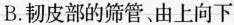
B. 韧皮部的筛管、由上向下